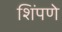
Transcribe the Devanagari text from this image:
शिंपणे